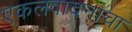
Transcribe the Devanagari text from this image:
एकलवादनाचा